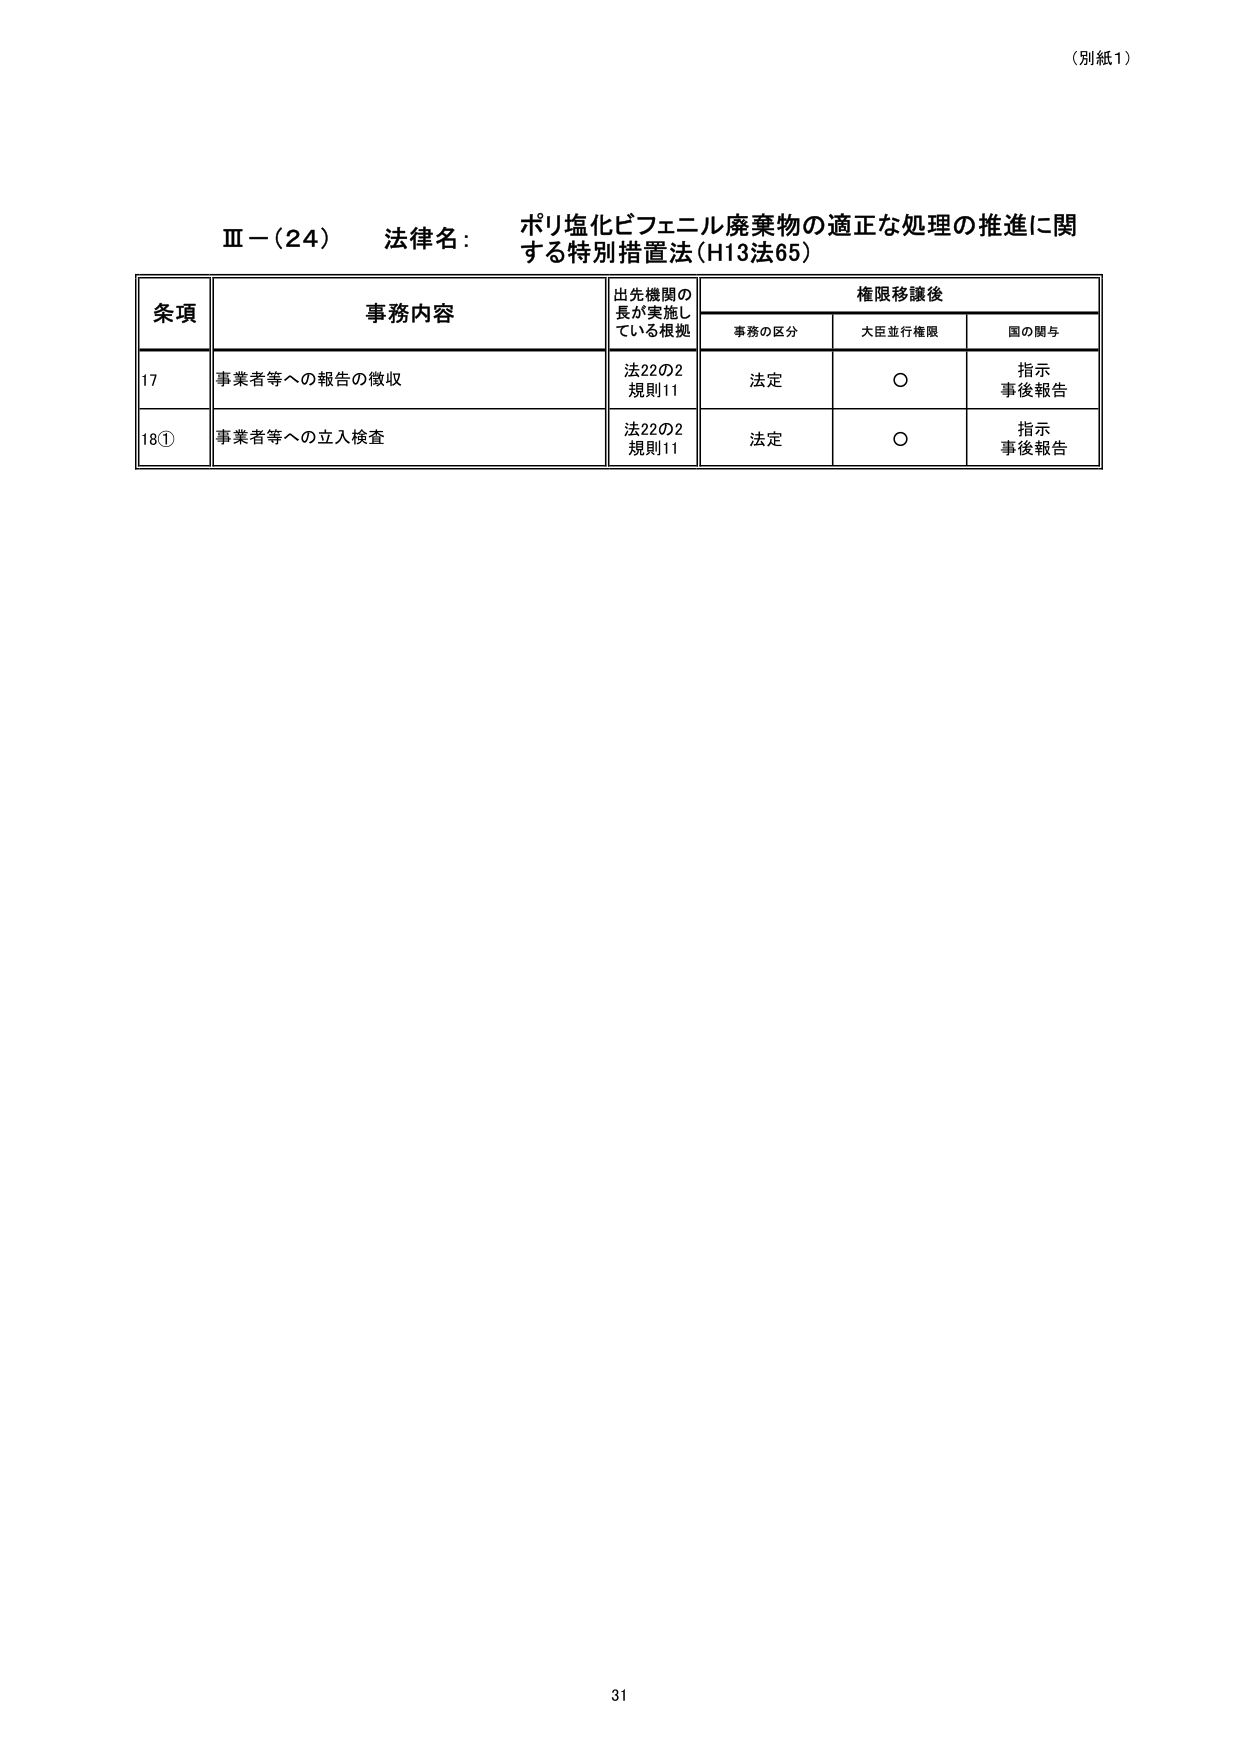
（別紙1）

Ⅲ－（24） 法律名： ポリ塩化ビフェニル廃棄物の適正な処理の推進に関する特別措置法（H13法65）

条項 事務内容 出先機関の長が実施している根拠 権限移譲後